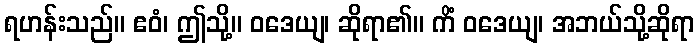
ရဟန်းသည်။ ဧဝံ၊ ဤသို့။ ဝဒေယျ၊ ဆိုရာ၏။ ကိံ ဝဒေယျ၊ အဘယ်သို့ဆိုရာ